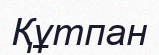
Құтпан